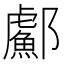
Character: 𬪣